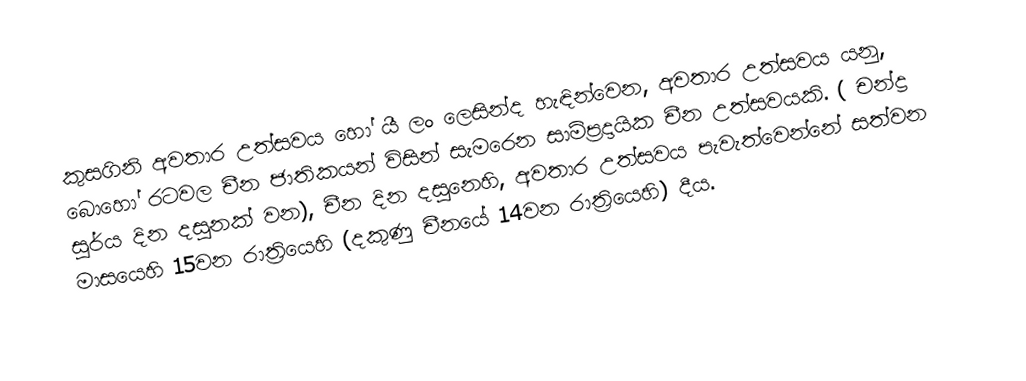
කුසගිනි අවතාර උත්සවය හෝ  යී ලං  ලෙසින්ද හැඳින්වෙන,  අවතාර උත්සවය යනු, බොහෝ රටවල චීන ජාතිකයන් විසින් සැමරෙන සාම්ප්‍රදායික චීන උත්සවයකි.  ( චන්ද්‍ර සූර්ය දින දසුනක් වන), චීන දින දසුනෙහි, අවතාර උත්සවය පැවැත්වෙන්නේ සත්වන මාසයෙහි 15වන රාත්‍රියෙහි (දකුණු චීනයේ 14වන රාත්‍රියෙහි) දීය.